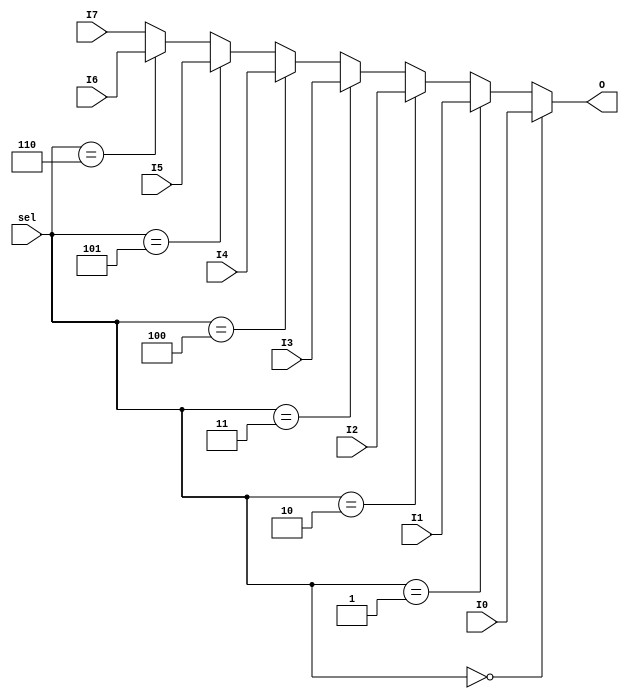
`timescale 1ns / 1ps
//////////////////////////////////////////////////////////////////////////////////
// Company: 
// Engineer: 
// 
// Design Name: 
// Module Name: Mux_8x1_4bit
// Project Name: 
// Target Devices: 
// Tool Versions: 
// Description: 
// 
// Dependencies: 
// 
// Revision:
// Revision 0.01 - File Created
// Additional Comments:
// 
//////////////////////////////////////////////////////////////////////////////////


module Mux_8x1_4bit(
    input [2:0] sel,
    input [3:0] I7,I6,I5,I4,I3,I2,I1,I0,
    output [3:0] O
    );
    assign O = (sel==0)? I0:
               (sel==1)? I1:
               (sel==2)? I2:
               (sel==3)? I3:
               (sel==4)? I4:
               (sel==5)? I5:
               (sel==6)? I6:
                         I7;
endmodule